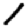
Digit: 1